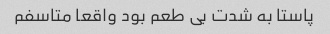
پاستا به شدت بی طعم بود واقعا متاسفم